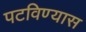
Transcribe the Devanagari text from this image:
पटविण्यास